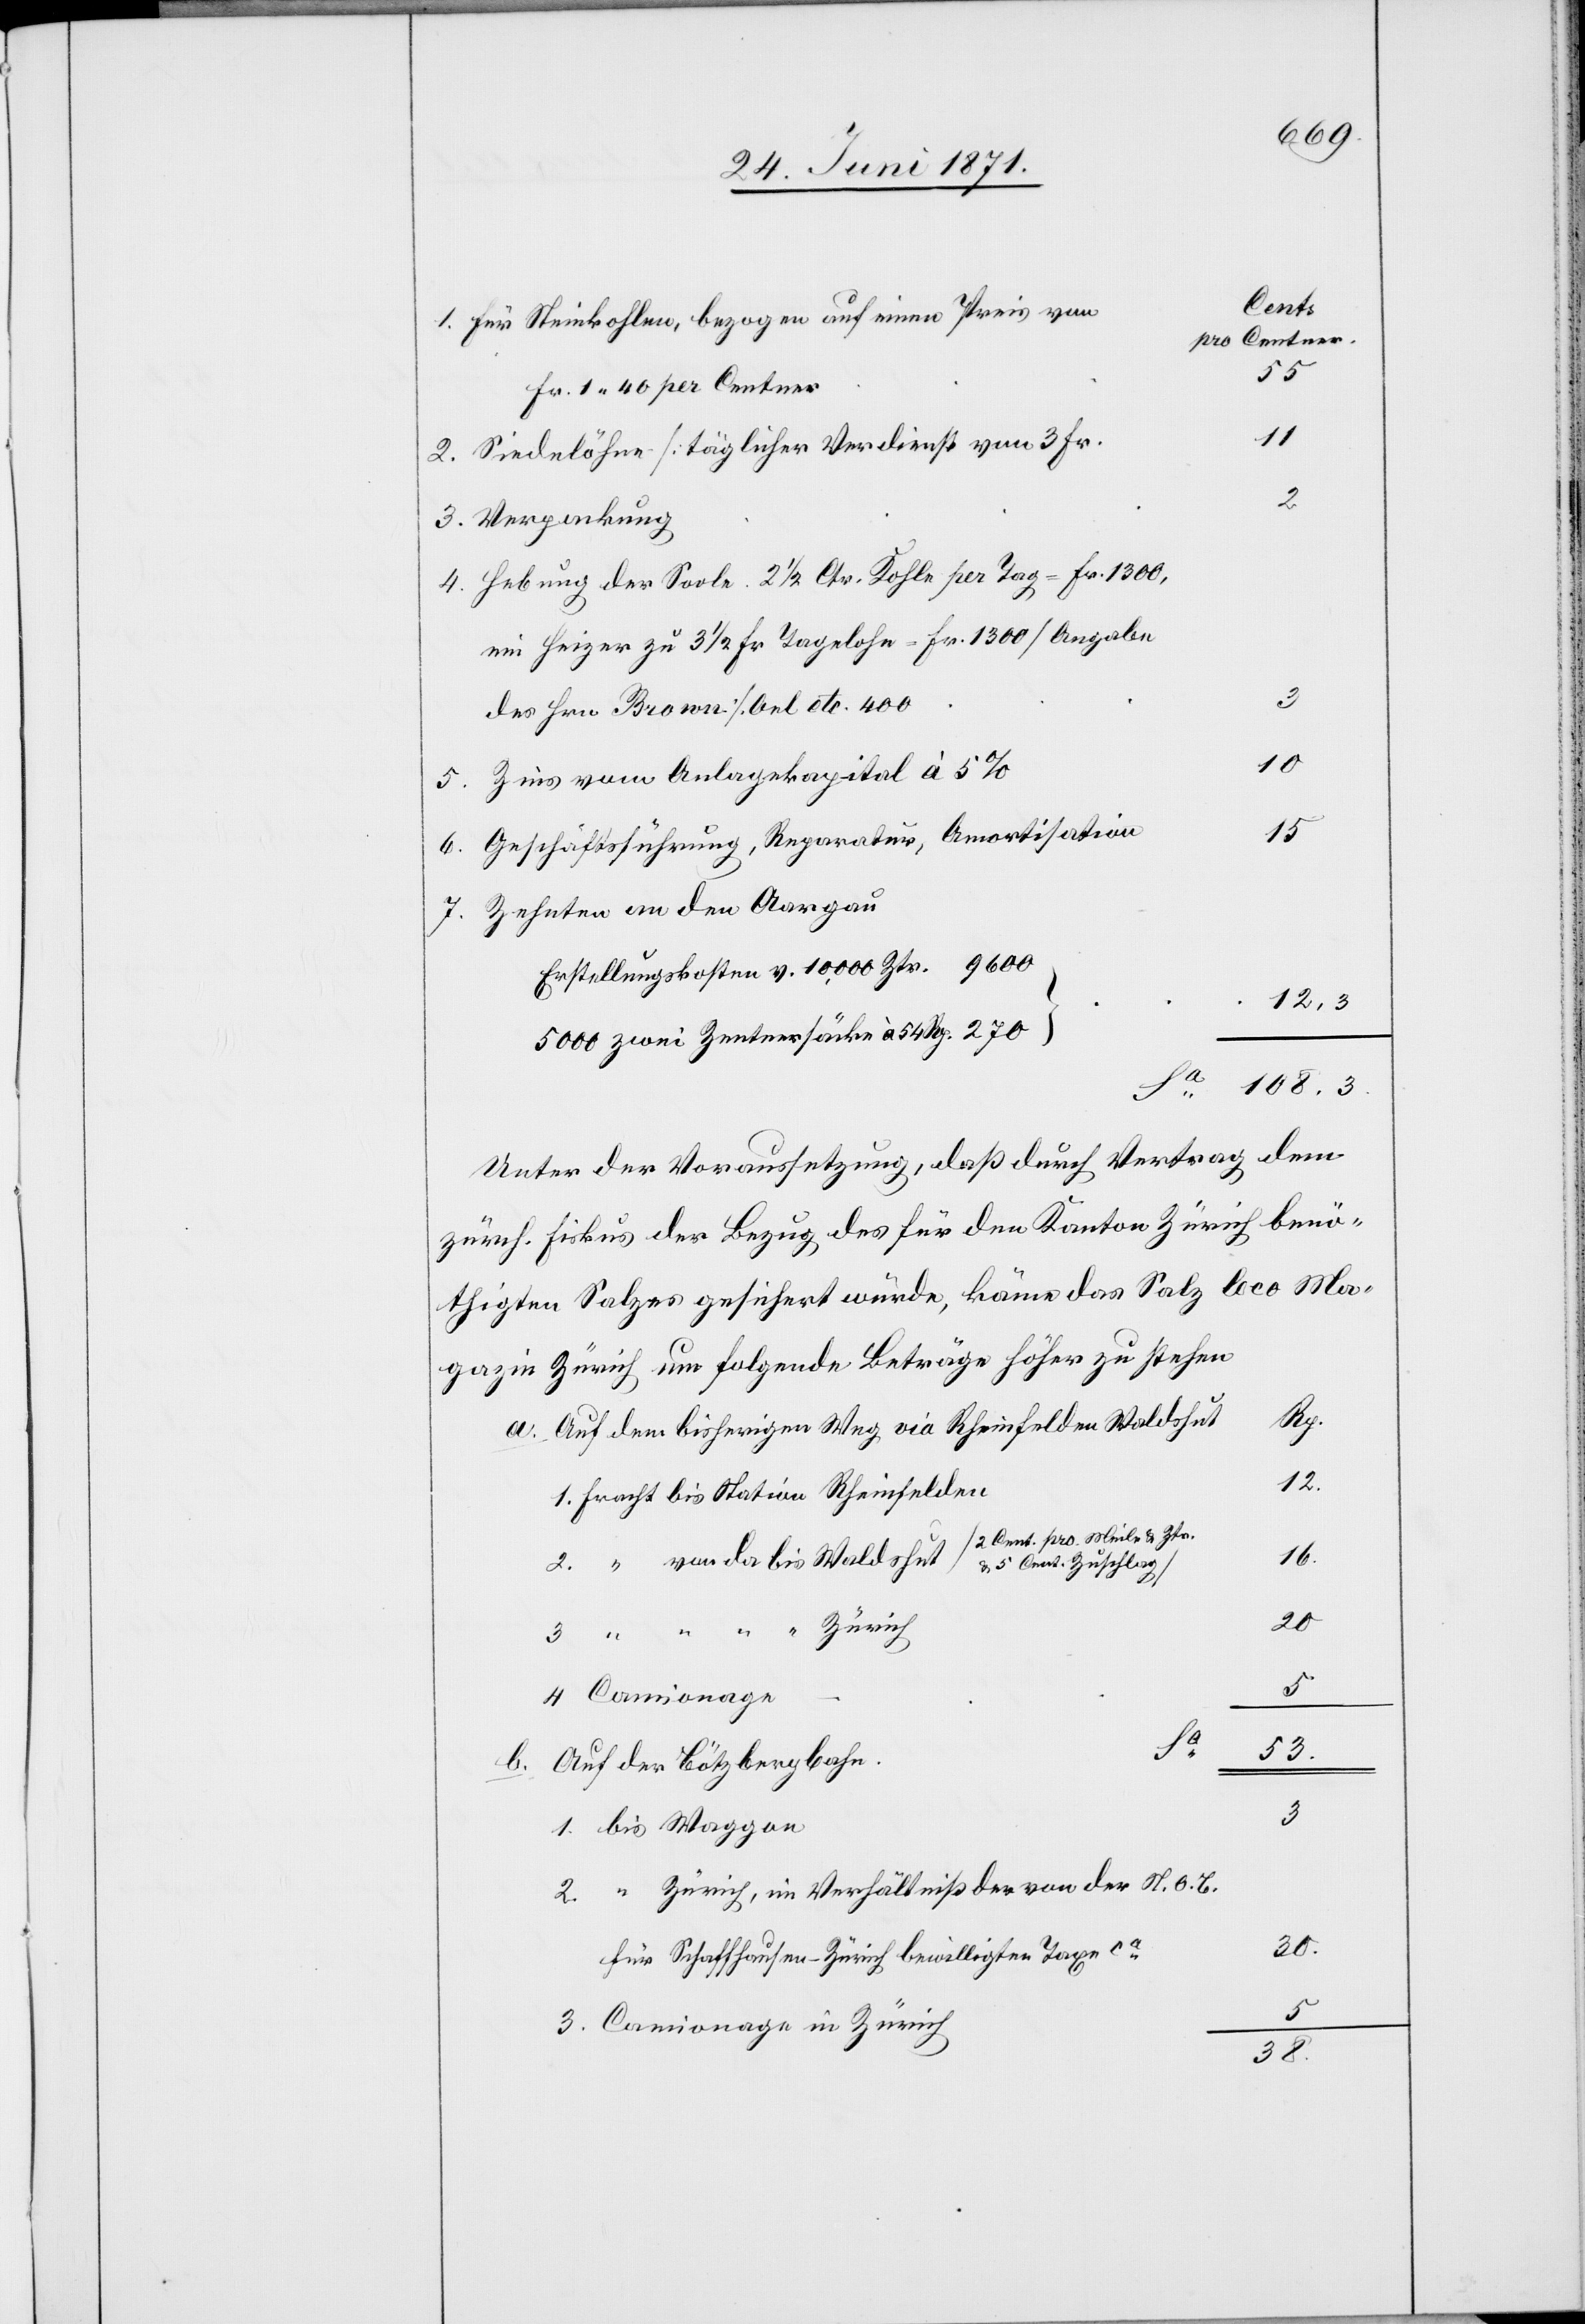
Cent.
Für Steinkohlen, bezogen auf einen Preis von
pro Centner
55
Fr. 1.40 per Centner
11
Siedelöhne [täglicher Verdienst von 3 Fr.
2.
Hebung der Soole. 2 1/2 Ctr. Kohle per Tag = Fr. 1300,
ein Heizer zu 3 1/2 Fr Tagelohn = Fr. 1300 [Angabe
des Hrn. Brown] Oel etc. 400
108.3
Zins vom Anlagekapital à 5%
15
Geschäftsführung, Reparatur, Amortisation
Zehnten an den Aargau
Erstellungskosten v. 10,000 Ztr. 9600
5000 zwei Zentnersäcke à 54 Rp. 270
Unter der Voraussetzung, daß durch Vertrag dem
zürch. Fiskus der Bezug des für den Kanton Zürich benö¬
thigten Salzes gesichert würde, käme das Salz loco Ma¬
gazin Zürich um folgende Beträge höher zu stehen
Rp.
Auf dem bisherigen Weg via Rheinfelden Waldshut
12.
1. Fracht bis Station Rheinfelden
[2 Cent. pro Meile u. Ztr.
16.
20
3. “ “ “ “ Zürich
4 Camionage
Sa.
53.
Auf der Bötzbergbahn.
b.
3.
1. bis Waggon
2. “ Zürich, in Verhältniß der von der N. O. B.
für Schaffhausen-Zürich bewilligten Taxe ca.
5
3. Camionage in Zürich